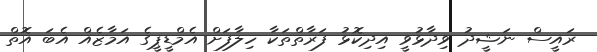
ރައީސް ނަޝީދު ވިދާޅުވީ އިދިކޮޅު ފަރާތްތަކާ ހިލާފަށް އެމްޑީޕީގެ އަމާޒެއް އެބަ އޮތް